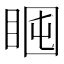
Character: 𥇈